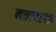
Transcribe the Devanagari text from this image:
बन्जारा